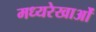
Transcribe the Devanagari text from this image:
मध्यरेखाओं